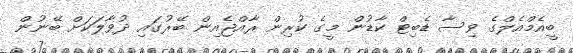
ބީއެމްއެލްގެ ވިސާ ޑެބިޓް ކާޑުން މީގެ ކުރިން ރާއްޖެއިން ބޭރުގައި ދުވާލަކަށް ބޭނުން